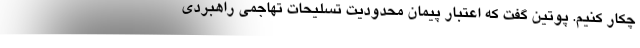
چکار کنیم. پوتین گفت که اعتبار پیمان محدودیت تسلیحات تهاجمی راهبردی